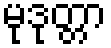
မုဒုတ္တာ